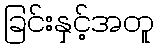
ခြင်းနှင့်အတူ